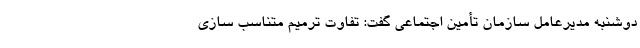
دوشنبه مدیرعامل سازمان تأمین اجتماعی گفت: تفاوت ترمیم متناسب سازی